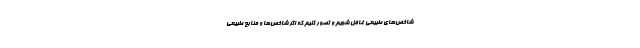
شاخص‌های طبیعی غافل شویم و تصور کنیم که اگر شاخص‌ها و منابع طبیعی